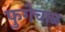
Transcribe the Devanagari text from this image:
फुगेचाळ